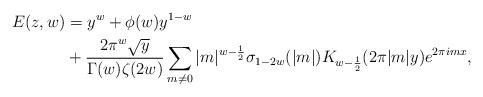
LaTeX: \begin{align*} E(z,w)& =y^w + \phi(w)y^{1-w} \\ &+ \frac{2\pi^w \sqrt{y} }{\Gamma(w)\zeta(2w)}\sum_{m \neq 0} \vert m \vert^{w-\frac{1}{2}}\sigma_{1-2w}(\vert m \vert) K_{w-\frac{1}{2}}(2\pi \vert m \vert y)e^{2\pi i m x}, \end{align*}